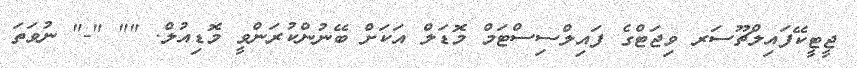
ޖީޓީކޭފައިލްޗޫސަރ ވިޖަޓްގެ ފައިލްސިސްޓަމް މޮޑަލް އަކަށް ބޭނުންކުރަންވީ މޮޑިއުލް. "" "-" ނުވަތަ